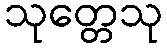
သုတ္တေသု